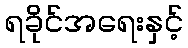
ရခိုင်အရေးနှင့်